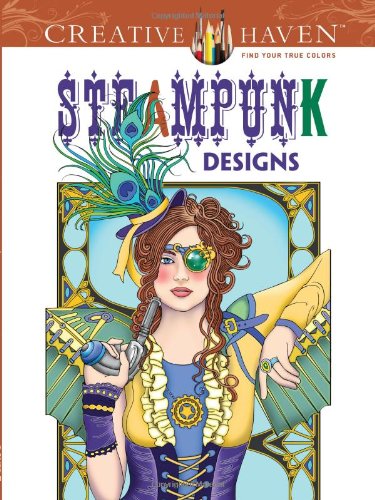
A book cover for Creative Haven Steampunk Designs Coloring Book (Creative Haven Coloring Books); Marty Noble; Arts & Photography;